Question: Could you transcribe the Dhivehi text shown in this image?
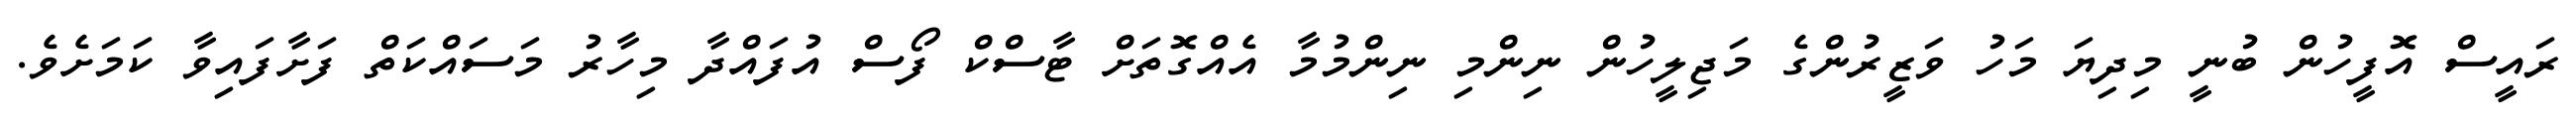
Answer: ރައީސް އޮފީހުން ބުނީ މިދިޔަ މަހު ވަޒީރުންގެ މަޖިލީހުން ނިންމި ނިންމުމާ އެއްގޮތަށް ޓާސްކް ފޯސް އުފައްދާ މިހާރު މަސައްކަތް ފަށާފައިވާ ކަމަށެވެ.